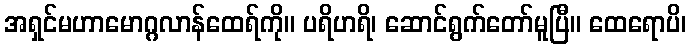
အရှင်မဟာမောဂ္ဂလာန်ထေရ်ကို။ ပရိဟရိ၊ ဆောင်ရွက်တော်မူပြီ။ ထေရောပိ၊